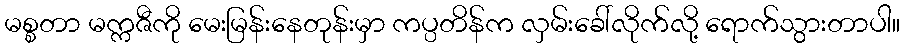
မစ္စတာ မက္ကဇီကို မေးမြန်းနေတုန်းမှာ ကပ္ပတိန်က လှမ်းခေါ်လိုက်လို့ ရောက်သွားတာပါ။